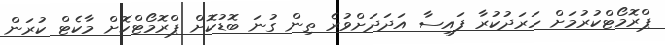
ޕްރޮމޯޓްކުރުމަށް ހަރަދުކުރާ ފައިސާ އަދަދަށްވުރެ ތިން ގުނަ ބޮޑުކޮށް ޕްރޮމޯޓްކޮށް މާކެޓް ކުރަން